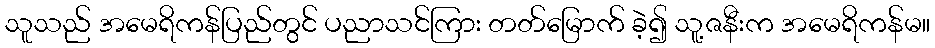
သူသည် အမေရိကန်ပြည်တွင် ပညာသင်ကြား တတ်မြောက် ခဲ့၍ သူ့ဇနီးက အမေရိကန်မ။